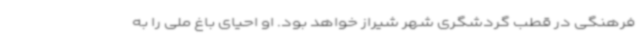
فرهنگی در قطب گردشگری شهر شیراز خواهد بود. او احیای باغ ملی را به